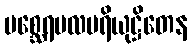
မစ္ဆေရမလပရိယုဋ္ဌိတေန